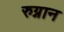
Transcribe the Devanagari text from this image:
रुग्नान